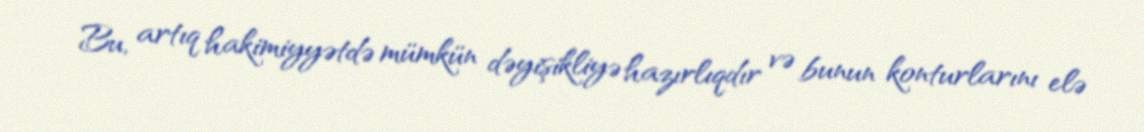
Bu, artıq hakimiyyətdə mümkün dəyişikliyə hazırlıqdır və bunun konturlarını elə